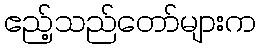
ဧည့်သည်တော်များက